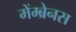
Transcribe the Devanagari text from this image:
मेंम्ब्रेनस